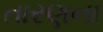
તારણના